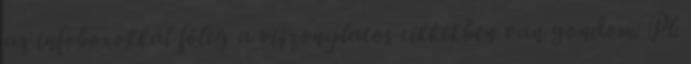
az infoboxokkal főleg a viszonylatos cikkekben van gondom. Pl.